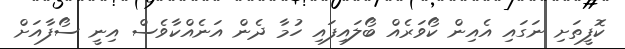
ކޮފީތަށި ނަގައި އެއިން ކޯވަރެއް ބޯލައިފައި ހުމާ ދެން އަނެއްކާވެސް އިނީ ސޯފާއަށް